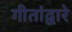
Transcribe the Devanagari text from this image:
गीतांद्वारे